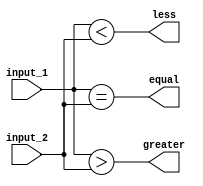
module comparator_4bit (
    input [3:0] input_1,
    input [3:0] input_2,
    output equal,
    output greater,
    output less
);

// Comparing corresponding bits of two 4-bit input signals
assign equal = (input_1 == input_2);
assign greater = (input_1 > input_2);
assign less = (input_1 < input_2);

endmodule